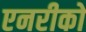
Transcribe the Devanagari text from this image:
एनरीको